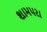
શામપરા